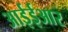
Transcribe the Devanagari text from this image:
आईईआर